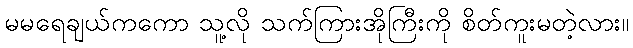
မမရေချယ်ကကော သူ့လို သက်ကြားအိုကြီးကို စိတ်ကူးမတဲ့လား။